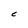
Character: C